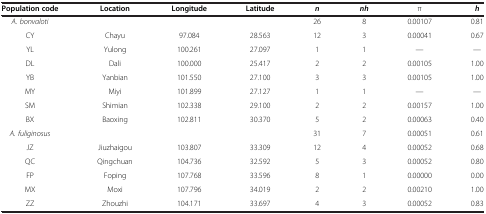
<table><thead><tr><td><b>Population code</b></td><td><b>Location</b></td><td><b>Longitude</b></td><td><b>Latitude</b></td><td><b><i>n</i></b></td><td><b><i>nh</i></b></td><td><b>π</b></td><td><b><i>h</i></b></td></tr></thead><tbody><tr><td><i>A. bonvaloti</i></td><td> </td><td> </td><td> </td><td>26</td><td>8</td><td>0.00107</td><td>0.81</td></tr><tr><td>CY</td><td>Chayu</td><td>97.084</td><td>28.563</td><td>12</td><td>3</td><td>0.00041</td><td>0.67</td></tr><tr><td>YL</td><td>Yulong</td><td>100.261</td><td>27.097</td><td>1</td><td>1</td><td>—</td><td>—</td></tr><tr><td>DL</td><td>Dali</td><td>100.000</td><td>25.417</td><td>2</td><td>2</td><td>0.00105</td><td>1.00</td></tr><tr><td>YB</td><td>Yanbian</td><td>101.550</td><td>27.100</td><td>3</td><td>3</td><td>0.00105</td><td>1.00</td></tr><tr><td>MY</td><td>Miyi</td><td>101.899</td><td>27.127</td><td>1</td><td>1</td><td>—</td><td>—</td></tr><tr><td>SM</td><td>Shimian</td><td>102.338</td><td>29.100</td><td>2</td><td>2</td><td>0.00157</td><td>1.00</td></tr><tr><td>BX</td><td>Baoxing</td><td>102.811</td><td>30.370</td><td>5</td><td>2</td><td>0.00063</td><td>0.40</td></tr><tr><td><i>A. fuliginosus</i></td><td> </td><td> </td><td> </td><td>31</td><td>7</td><td>0.00051</td><td>0.61</td></tr><tr><td>JZ</td><td>Jiuzhaigou</td><td>103.807</td><td>33.309</td><td>12</td><td>4</td><td>0.00052</td><td>0.68</td></tr><tr><td>QC</td><td>Qingchuan</td><td>104.736</td><td>32.592</td><td>5</td><td>3</td><td>0.00052</td><td>0.80</td></tr><tr><td>FP</td><td>Foping</td><td>107.768</td><td>33.596</td><td>8</td><td>1</td><td>0.00000</td><td>0.00</td></tr><tr><td>MX</td><td>Moxi</td><td>107.796</td><td>34.019</td><td>2</td><td>2</td><td>0.00210</td><td>1.00</td></tr><tr><td>ZZ</td><td>Zhouzhi</td><td>104.171</td><td>33.697</td><td>4</td><td>3</td><td>0.00052</td><td>0.83</td></tr></tbody></table>